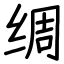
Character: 绸